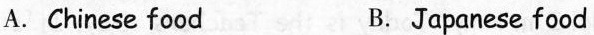
A.Chinese food B.Japanese food